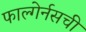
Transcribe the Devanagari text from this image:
फाल्गेर्नसची